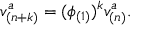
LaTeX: v _ { ( n + k ) } ^ { a } = ( \phi _ { ( 1 ) } ) ^ { k } v _ { ( n ) } ^ { a } .